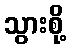
သွားစို့